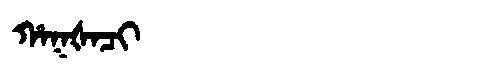
Manchu: ᡥᠠᡴᡧᠠᠴᡳ
Romanization: HAKŠACI